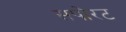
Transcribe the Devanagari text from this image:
सपोरट